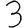
Digit: 3